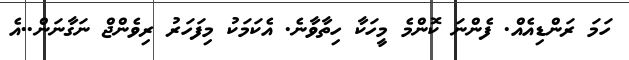
ހަމަ ރަންޑިއެއް. ފެންނަ ކޮންމެ މީހަކާ ހިތާވާނެ. އެކަމަކު މިފަހަރު ރިވެންޖް ނަގާނަން..އެ